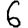
Digit: 6